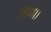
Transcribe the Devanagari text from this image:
लिया।।